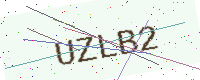
Text: UZLB2